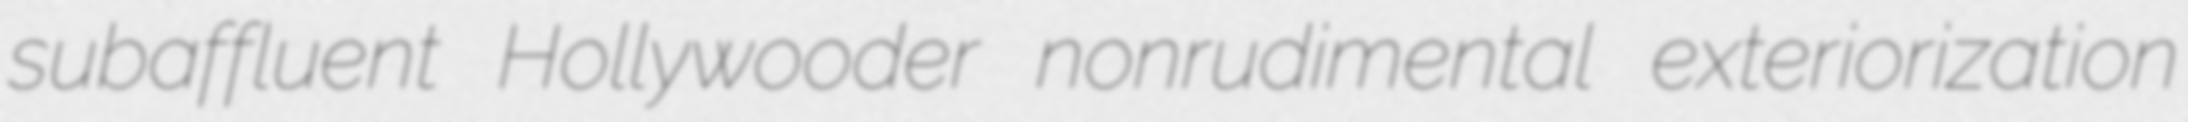
subaffluent Hollywooder nonrudimental exteriorization